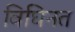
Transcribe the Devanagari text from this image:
विघिनत